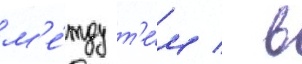
м'е́жду т'е́м / в